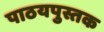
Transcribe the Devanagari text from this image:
पाठयपुस्तक